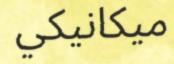
ميكانيكي